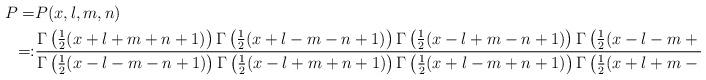
LaTeX: \begin{align*}P=&P(x,l,m,n)\\=:&\frac{\Gamma\left(\frac 12(x+l+m+n+1)\right)\Gamma\left(\frac 12(x+l-m-n+1)\right)\Gamma\left(\frac 12(x-l+m-n+1)\right)\Gamma\left(\frac 12(x-l-m+n+1)\right)}{\Gamma\left(\frac 12(x-l-m-n+1)\right)\Gamma\left(\frac 12(x-l+m+n+1)\right)\Gamma\left(\frac 12(x+l-m+n+1)\right)\Gamma\left(\frac 12(x+l+m-n+1)\right)}.\end{align*}